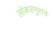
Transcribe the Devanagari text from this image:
लोकसमुहांचे